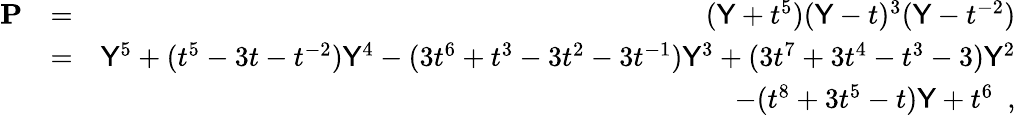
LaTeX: \begin{array}{rlr}{\mathbf{P}}&{=}&{(\mathsf{Y}+t^{5})(\mathsf{Y}-t)^{3}(\mathsf{Y}-t^{-2})}\\ &{=}&{\mathsf{Y}^{5}+(t^{5}-3t-t^{-2})\mathsf{Y}^{4}-(3t^{6}+t^{3}-3t^{2}-3t^{-1})\mathsf{Y}^{3}+(3t^{7}+3t^{4}-t^{3}-3)\mathsf{Y}^{2}}\\ &{}&{\quad-(t^{8}+3t^{5}-t)\mathsf{Y}+t^{6}\enspace,}\end{array}